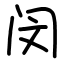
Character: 闵